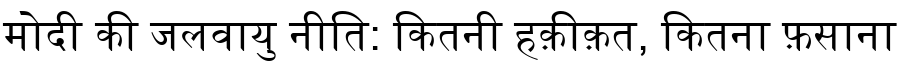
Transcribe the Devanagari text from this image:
मोदी की जलवायु नीति: कितनी हक़ीक़त, कितना फ़साना